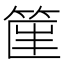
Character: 𥮟